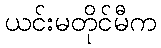
ယင်းမတိုင်မီက